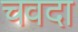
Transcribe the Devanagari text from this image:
चवदा